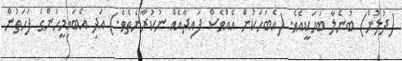
(ދުލުން) ބުނެލާ ބަހަކީއެވެ. (އެބަހަކުން އެއްވެސް ފައިދާއެއް ނުކުރާނެތެވެ.) އަދި އެބައިމީހުންގެ ފަހަތުން